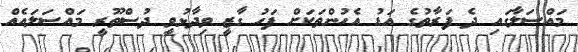
މައްސަލާގައި ދެ ފަރާތުގެ އަޑު އެހުންތަކަށް ފަހު ގާޒީ ވިދާޅުވީ ދުސްތޫރީ މައްސަލައެއް